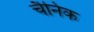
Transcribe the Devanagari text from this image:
चैनिक